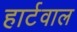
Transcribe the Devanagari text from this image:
हार्टवाल